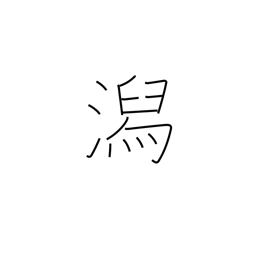
Meaning: lagoon